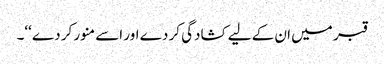
قبر میں ان کے لیے کشادگی کر دے اور اسے منور کر دے ‘‘۔